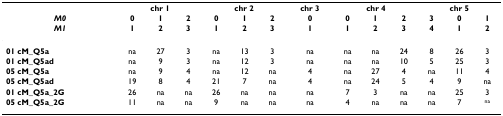
<table><thead><tr><td></td><td colspan="3"><b>chr 1</b></td><td colspan="3"><b>chr 2</b></td><td><b>chr 3</b></td><td colspan="3"><b>chr 4</b></td><td colspan="3"><b>chr 5</b></td></tr><tr><td><b><i>M0</i></b></td><td><b>0</b></td><td><b>1</b></td><td><b>2</b></td><td><b>0</b></td><td><b>1</b></td><td><b>2</b></td><td><b>0</b></td><td><b>0</b></td><td><b>1</b></td><td><b>2</b></td><td><b>3</b></td><td><b>0</b></td><td><b>1</b></td></tr><tr><td><b><i>M1</i></b></td><td><b>1</b></td><td><b>2</b></td><td><b>3</b></td><td><b>1</b></td><td><b>2</b></td><td><b>3</b></td><td><b>1</b></td><td><b>1</b></td><td><b>2</b></td><td><b>3</b></td><td><b>4</b></td><td><b>1</b></td><td><b>2</b></td></tr></thead><tbody><tr><td><b>01 cM_Q5a</b></td><td>na</td><td>27</td><td>3</td><td>na</td><td>13</td><td>3</td><td>na</td><td>na</td><td>na</td><td>24</td><td>8</td><td>26</td><td>3</td></tr><tr><td><b>01 cM_Q5ad</b></td><td>na</td><td>9</td><td>3</td><td>na</td><td>12</td><td>3</td><td>na</td><td>na</td><td>na</td><td>10</td><td>5</td><td>25</td><td>3</td></tr><tr><td><b>05 cM_Q5a</b></td><td>na</td><td>9</td><td>4</td><td>na</td><td>12</td><td>na</td><td>4</td><td>na</td><td>27</td><td>4</td><td>na</td><td>11</td><td>4</td></tr><tr><td><b>05 cM_Q5ad</b></td><td>19</td><td>8</td><td>4</td><td>21</td><td>7</td><td>na</td><td>4</td><td>na</td><td>24</td><td>5</td><td>4</td><td>9</td><td>na</td></tr><tr><td><b>01 cM_Q5a_2G</b></td><td>26</td><td>na</td><td>na</td><td>26</td><td>na</td><td>na</td><td>na</td><td>7</td><td>3</td><td>na</td><td>na</td><td>25</td><td>3</td></tr><tr><td><b>05 cM_Q5a_2G</b></td><td>11</td><td>na</td><td>na</td><td>9</td><td>na</td><td>na</td><td>na</td><td>4</td><td>na</td><td>na</td><td>na</td><td>7</td><td><sup>na</sup></td></tr></tbody></table>